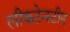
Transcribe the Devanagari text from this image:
लीकटेन्स्टीन